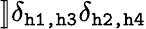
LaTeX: ]\! ]\delta_{\texttt{h1,h3}}\delta_{\texttt{h2,h4}}